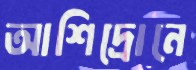
আশিদ্রোনে